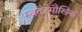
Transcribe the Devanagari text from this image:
स्वतंत्रमौखिक